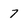
Character: 7